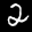
Label: 2